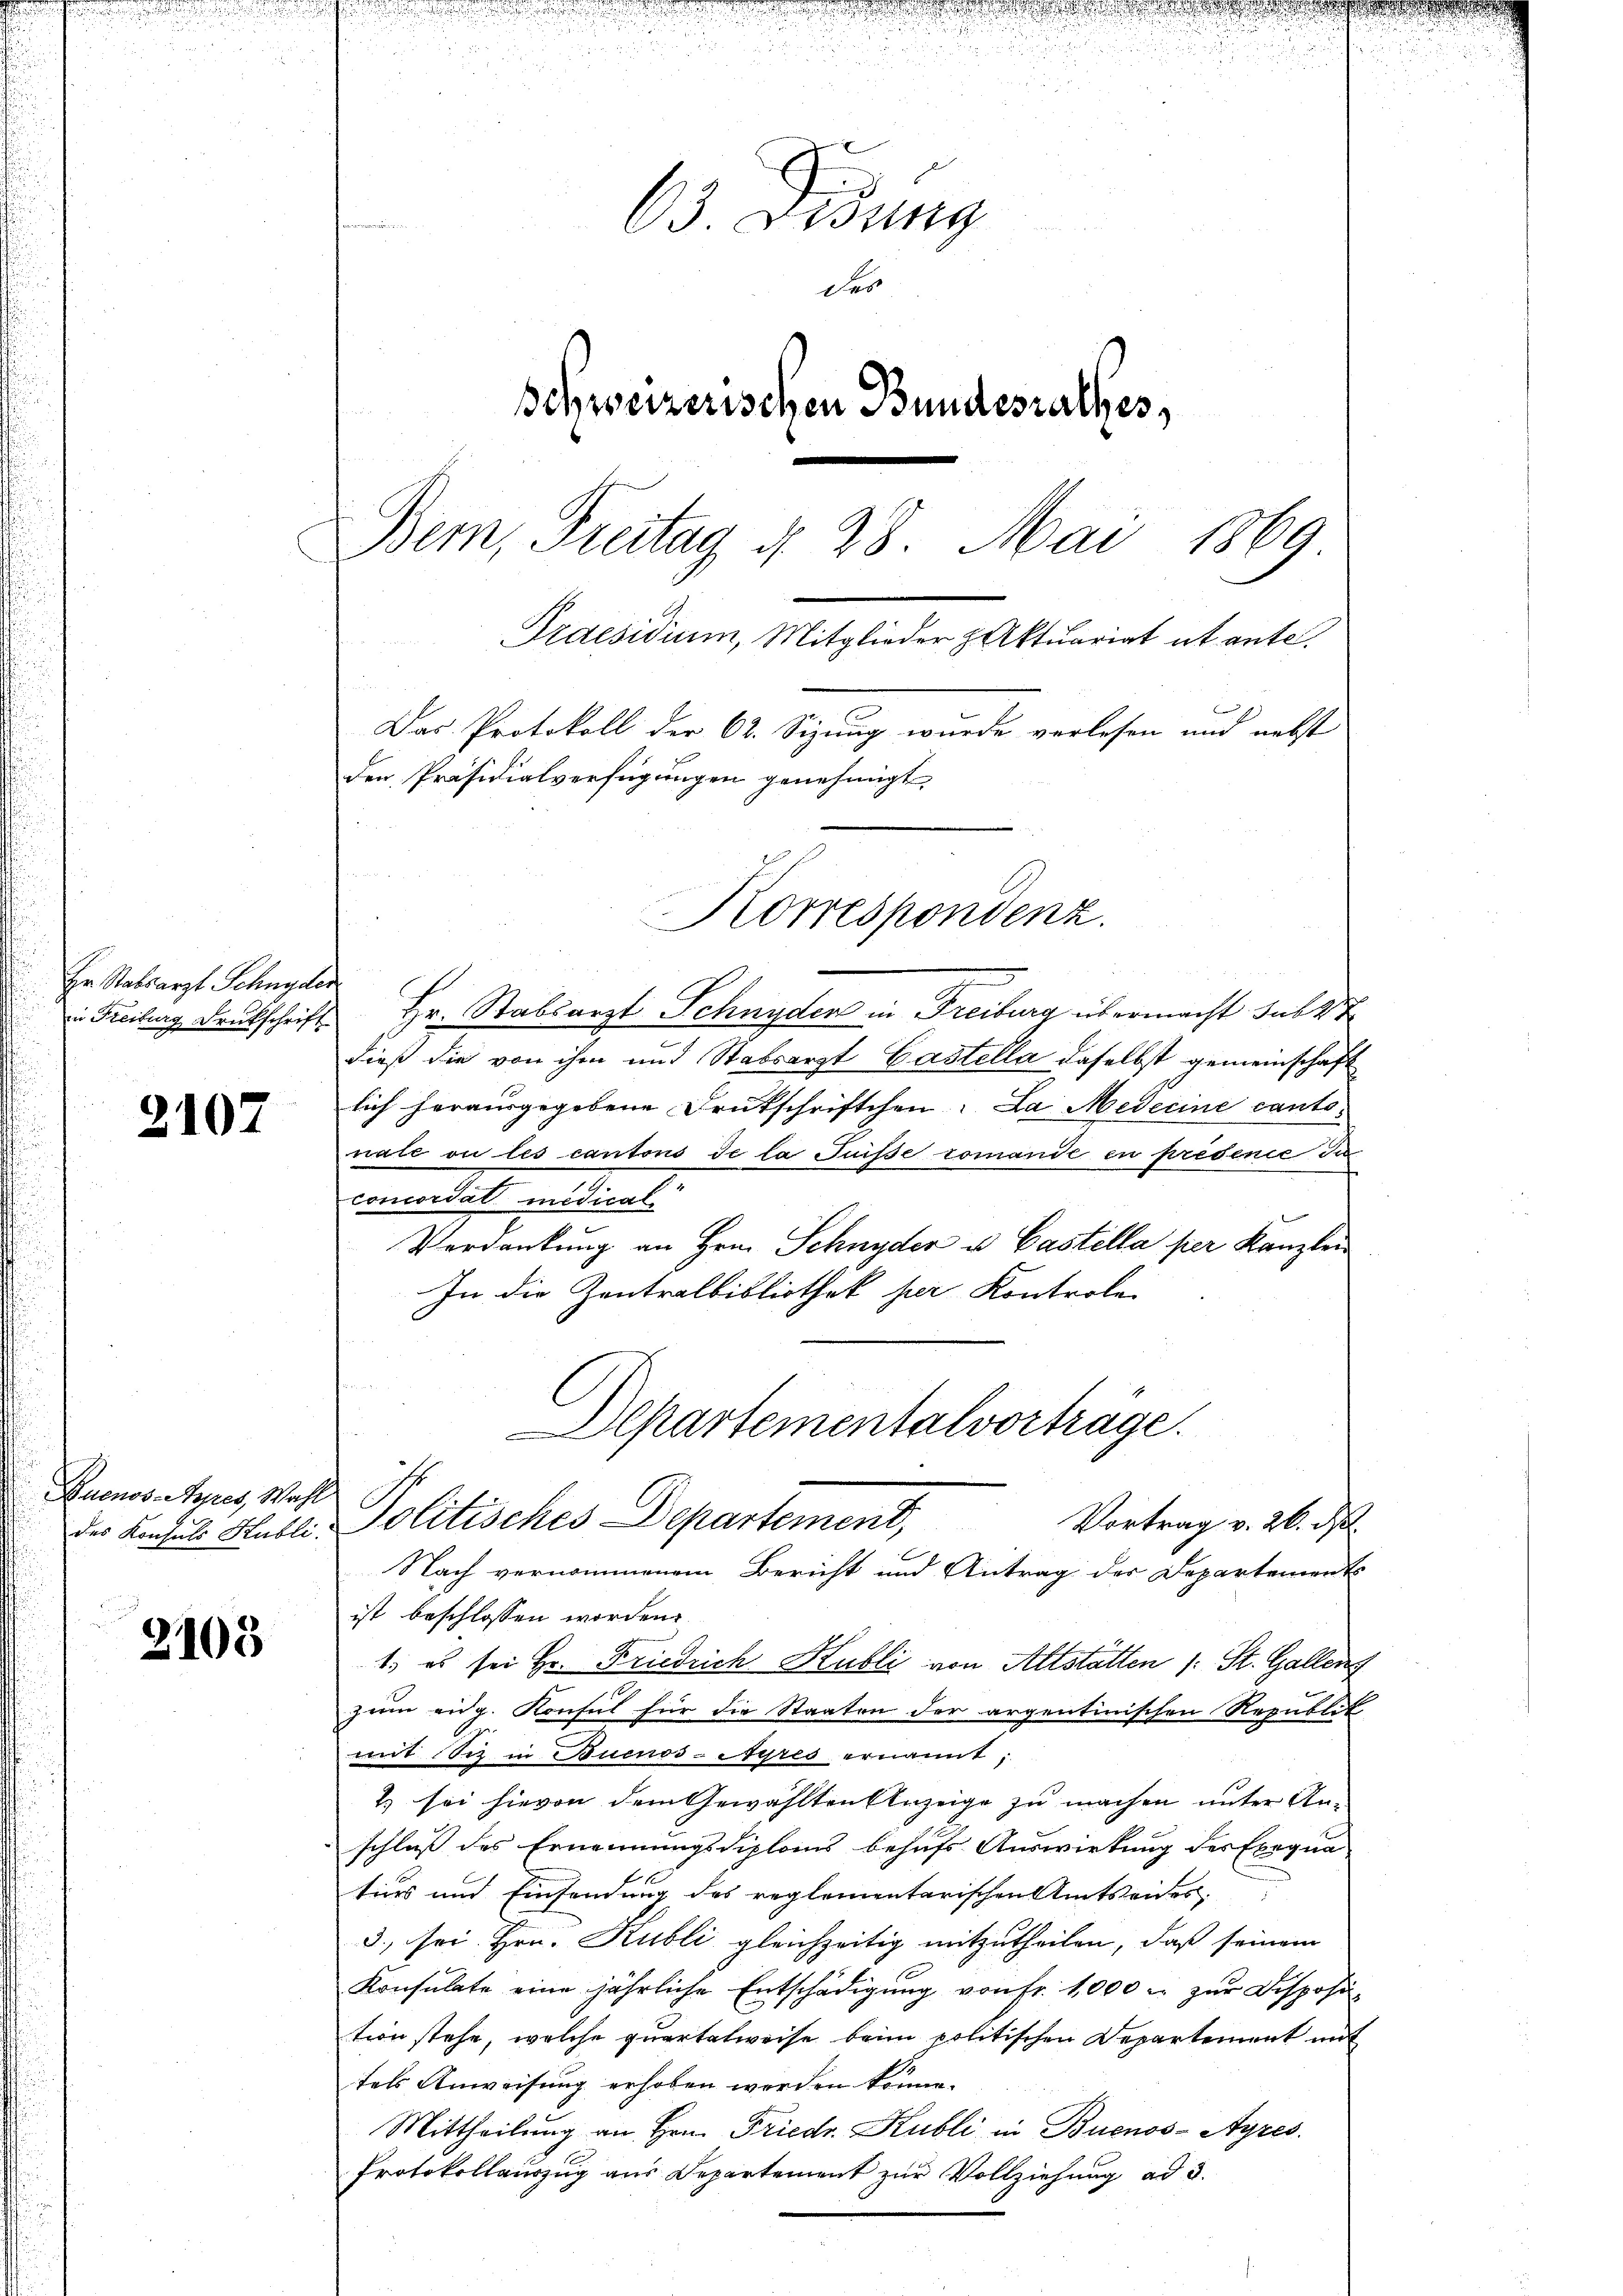
Er Stabsarzt Schnyder

2107

Quenos-Ayres, Wahl

2105

63. Disung
des
schweizerischen Bundesrathes,
Bem, Freitag § 28 Mai 1869
Praesidium, Mitglieder z Aktuariat ab ante.

den Präsidialverfügungen genehmigt,

Korrespondenz.

i Freiburg Druckschrift Hr. Stabsarzt Schnyder in Freiburg übermacht sub 27
dieß die von ihm und Stabsarzt Gastella daselbst gemeinschaft
lich herausgegebene Drukschriftchen. La Medecine cantonale ou les cantons de la Füsse romandé en predence da
concordat medical
Verdankung an Hrn. Schnyder u. Castella per Kanzlei
In die Zentralbibliothek per Kontrole
Nach vernommenem Bericht und Antrag der Departements
ist beschlossen worden.
1.) es sei Hr. Friedrich Hubli von Altstätten (: St. Gallen
zum eidg. Konsul für die Staaten der argentinischen Republit
mit Sitz in Buenos-Ayres ernannt;
2) sei hievon dem Gewählten Anzeige zu machen unter Anschluss des Ernennungsdiploms behufs Auswirkung des Exequa
turs und Einsendung des reglementarischen Amtseides.
3., sei. Hrn. Rubli gleichzeitig mitzutheilen, daß seinem
Konsulate eine jährliche Entschädigung von fr. 1000 r. zur Disposition stehe, welche quartalweise beim politischen Departement mit
tels Anweisung erhoben werden könne.
Mittheilung an Hrn. Friedr. Kubli in Buenos-Ayres
Protokollauszug aus Departement zur Vollziehung ad 3.

Departementalvorträge.
Vortrag v. 26. d.
Der Ansus Hutl. Politisches Departement,

Das Protokoll der 62. Sizung wurde verlesen und nebst